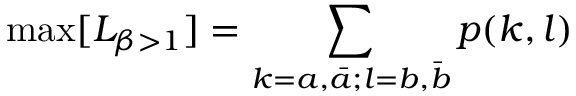
\mathrm { m a x } [ L _ { \beta > 1 } ] = \sum _ { k = a , \bar { a } ; l = b , \bar { b } } p ( k , l )